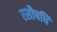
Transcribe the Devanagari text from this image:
रसौषधि